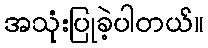
အသုံးပြုခဲ့ပါတယ်။